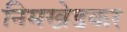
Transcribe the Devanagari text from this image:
निमखेडकर